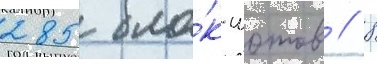
285 бло́к-шотов // 8